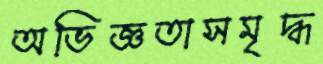
অভিজ্ঞতাসমৃদ্ধ